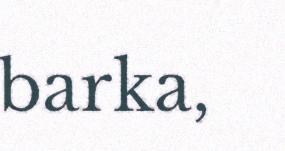
barka,